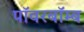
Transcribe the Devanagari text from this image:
पॉवरबॉम्ब